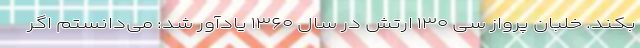
بکند. خلبان پرواز سی ۱۳۰ ارتش در سال ۱۳۶۰ یادآور شد: می‌دانستم اگر